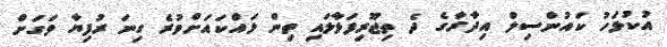
އުކުޅަހު ކައުންސިލް އިދާރާގެ ދެ ތިޖޫރިފަޅާލައި ތިން ލައްކައަށްވުރެ ގިނަ ރުފިޔާ ވަގަށް